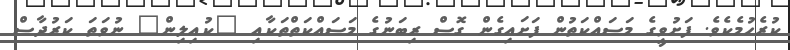
ކުރެހުމެކެވެ. ފަށުވީގެ މަސައްކަތުން ފަށައިގެން ގޮސް ރިބަނުގެ މަސައްކަތްތަކާއި "ކުއިލިން" ނުވަތަ ކަރުދާސް